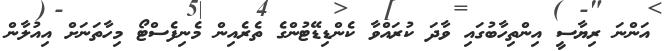
އަންނަ ރިޔާސީ އިންތިހާބުގައި ވާދަ ކުރައްވާ ކެންޑިޑޭޓުންގެ ތެރެއިން މެނިފެސްޓޯ މިހާތަނަށް އިއުލާން